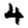
Digit: 4